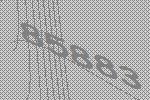
85883